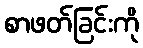
စာဖတ်ခြင်းကို